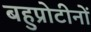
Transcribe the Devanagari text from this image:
बहुप्रोटीनों